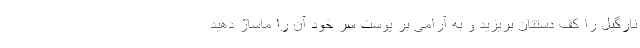
نارگیل را کف دستتان بریزید و به آرامی بر پوست سر خود آن را ماساژ دهید